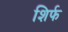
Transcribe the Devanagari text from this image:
शिर्फ